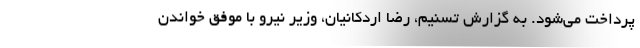
پرداخت می‌شود. به گزارش تسنیم، رضا اردکانیان، وزیر نیرو با موفق خواندن